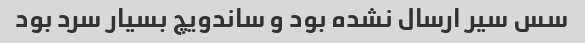
سس سیر ارسال نشده بود و ساندویچ بسیار سرد بود